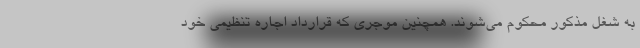
به شغل مذکور محکوم می‌شوند. همچنین موجری که قرارداد اجاره تنظیمی خود